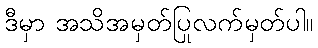
ဒီမှာ အသိအမှတ်ပြုလက်မှတ်ပါ။